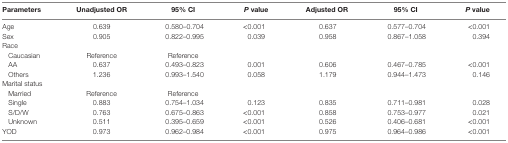
| Parameters | Unadjusted OR | 95% CI | P value | Adjusted OR | 95% CI | P value |
 | --- | --- | --- | --- | --- | --- | --- |
 | Age | 0.639 | 0.580–0.704 | <0.001 | 0.637 | 0.577–0.704 | <0.001 |
 | Sex | 0.905 | 0.822–0.995 | 0.039 | 0.958 | 0.867–1.058 | 0.394 |
 | Race |  |  |  |  |  |  |
 | Caucasian | Reference | Reference |  |  |  |  |
 | AA | 0.637 | 0.493–0.823 | 0.001 | 0.606 | 0.467–0.785 | <0.001 |
 | Others | 1.236 | 0.993–1.540 | 0.058 | 1.179 | 0.944–1.473 | 0.146 |
 | Marital status |  |  |  |  |  |  |
 | Married | Reference | Reference |  |  |  |  |
 | Single | 0.883 | 0.754–1.034 | 0.123 | 0.835 | 0.711–0.981 | 0.028 |
 | S/D/W | 0.763 | 0.675–0.863 | <0.001 | 0.858 | 0.753–0.977 | 0.021 |
 | Unknown | 0.511 | 0.395–0.659 | <0.001 | 0.526 | 0.406–0.681 | <0.001 |
 | YOD | 0.973 | 0.962–0.984 | <0.001 | 0.975 | 0.964–0.986 | <0.001 |